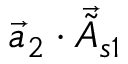
\vec { a } _ { 2 } \cdot \vec { \tilde { A } } _ { s 1 }